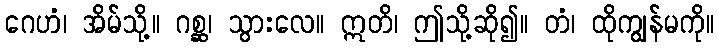
ဂေဟံ၊ အိမ်သို့။ ဂစ္ဆ၊ သွားလေ။ ဣတိ၊ ဤသို့ဆို၍။ တံ၊ ထိုကျွန်မကို။